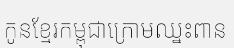
កូនខ្មែរកម្ពុជាក្រោមឈ្នះពាន